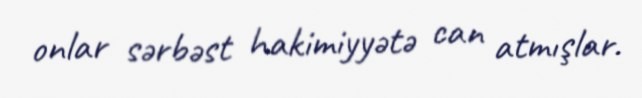
onlar sərbəst hakimiyyətə can atmışlar.